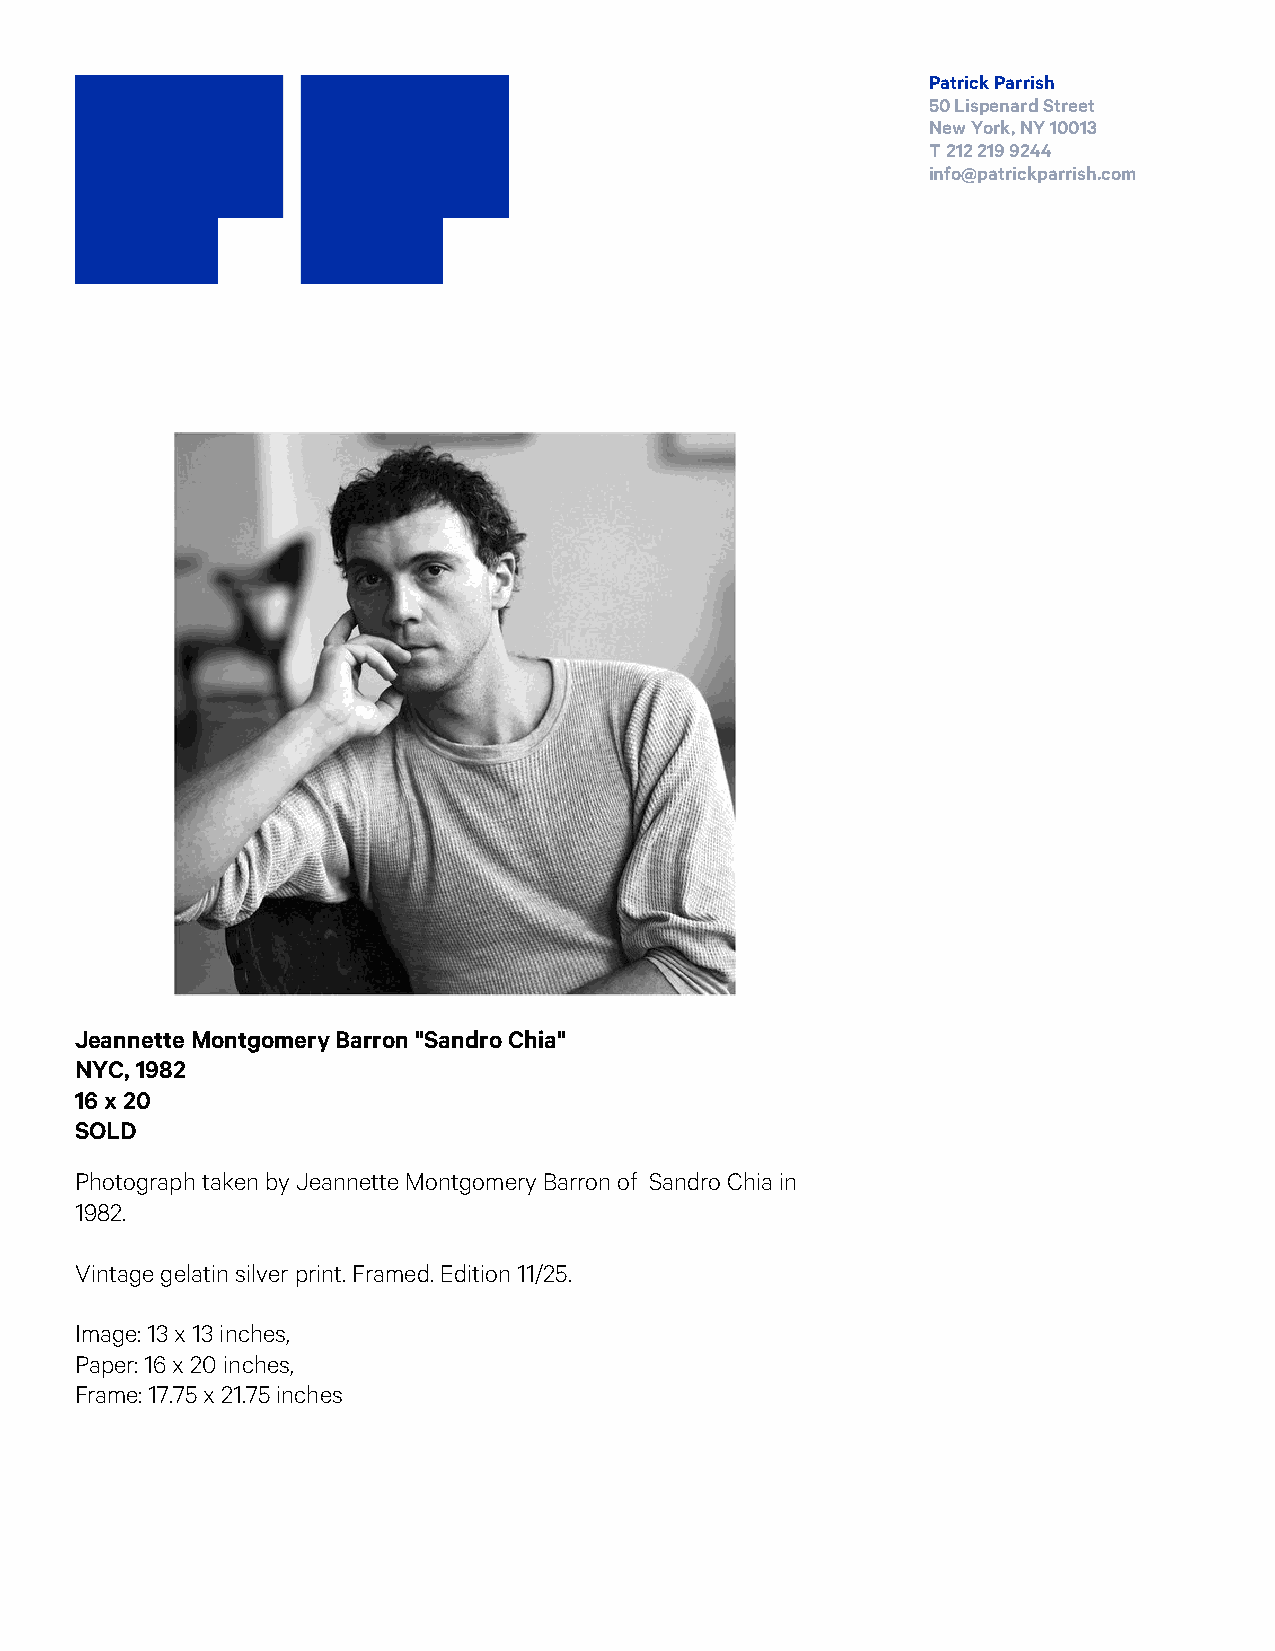
Patrick Parrish
 50 Lispenard Street
 New York, NY 10013
 T 212 219 9244
 info@patrickparrish.com
 Jeannette Montgomery Barron "Sandro Chia"
 NYC, 1982
 16 x 20
 SOLD
 Photograph taken by Jeannette Montgomery Barron of Sandro Chia in
 1982.
 Vintage gelatin silver print. Framed. Edition 11/25.
 Image: 13 x 13 inches,
 Paper: 16 x 20 inches,
 Frame: 17.75 x 21.75 inches